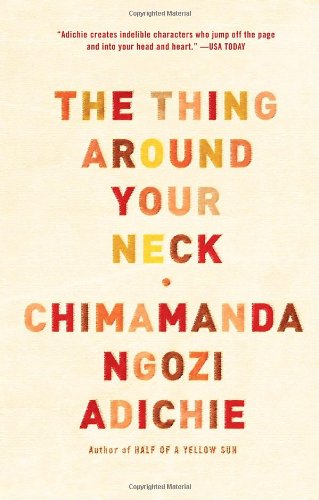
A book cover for The Thing Around Your Neck; Chimamanda Ngozi Adichie; Literature & Fiction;